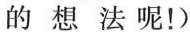
的想法呢！）